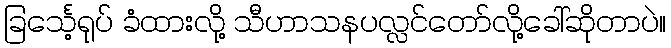
ခြင်္သေ့ရုပ် ခံထားလို့ သီဟာသနပလ္လင်တော်လို့ခေါ်ဆိုတာပဲ။